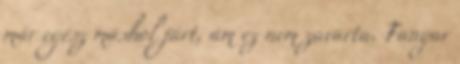
már egész máshol járt, ám ez nem zavarta. Fanyar